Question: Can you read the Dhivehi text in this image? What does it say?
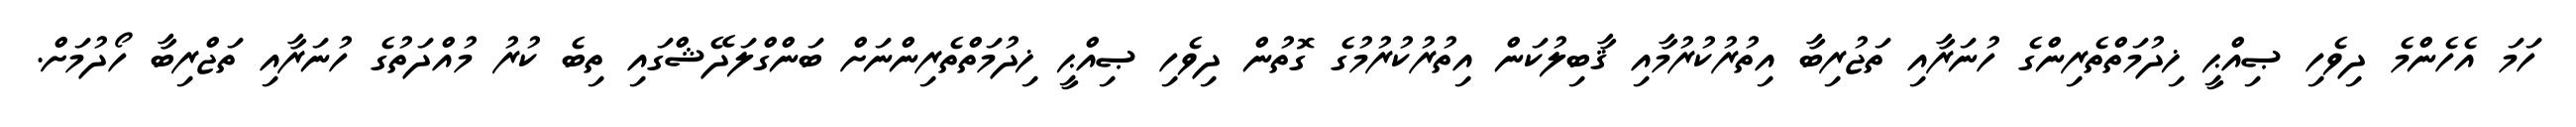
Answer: ހަމަ އެހެންމެ ދިވެހި ޞިއްޙީ ޚިދުމަތްތެރިންގެ ހުނަރާއި ތަޖުރިބާ އިތުރުކުރުމާއި ޤާބިލުކަން އިތުރުކުރުމުގެ ގޮތުން ދިވެހި ޞިއްޙީ ޚިދުމަތްތެރިންނަށް ބަންގްލަދޭޝްގައި ތިބެ ކުރު މުއްދަތުގެ ހުނަރާއި ތަޖްރިބާ ހޯދުމަށް.